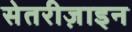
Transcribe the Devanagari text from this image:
सेतरीज़ाइन